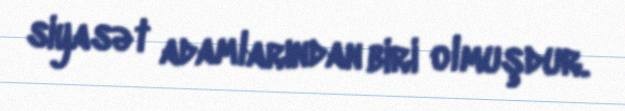
siyasət adamlarından biri olmuşdur.